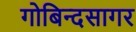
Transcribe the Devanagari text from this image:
गोबिन्‍दसागर